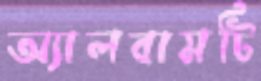
অ্যালবামটি